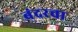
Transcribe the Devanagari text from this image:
बंदरचा